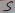
Text: 5